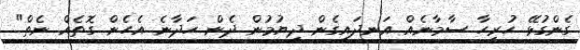
ގެންގުޅޭ ހުރިހާ ސާމާނެއް އަނދައިގެން ދިޔުމުން ދެން ހަދާނެ އެހެން ގޮތެއް ނެތް"